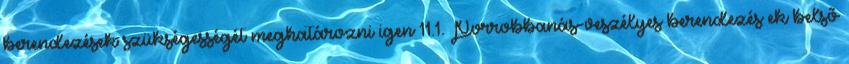
berendezések szükségességét meghatározni igen 11.1. Porrobbanás-veszélyes berendezés ek belsõ